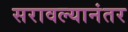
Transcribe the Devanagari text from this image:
सरावल्यानंतर